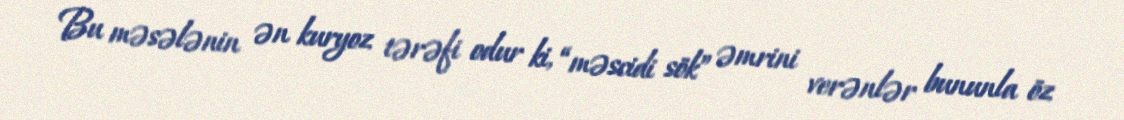
Bu məsələnin ən kuryoz tərəfi odur ki, “məscidi sök” əmrini verənlər bununla öz